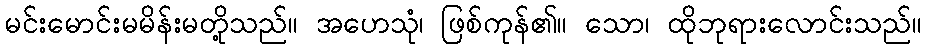
မင်းမောင်းမမိန်းမတို့သည်။ အဟေသုံ၊ ဖြစ်ကုန်၏။ သော၊ ထိုဘုရားလောင်းသည်။